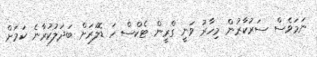
ނަމަވެސް ސަރުކާރުން މިހާރު ވަނީ ގްރީން ޓެކްސް ހަ ޑޮލަރަށް ބަދަލުކުރާނެ ކަމަށް